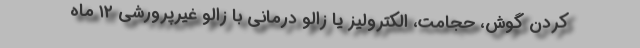
کردن گوش، حجامت، الکترولیز یا زالو درمانی با زالو غیرپرورشی ۱۲ ماه